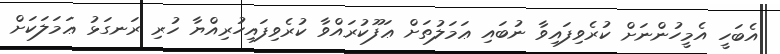
އެބަހީ އެމީހުންނަށް ކުރެވިފައިވާ ނުބައި ޢަމަލުތަށް ޢަފޫކުރައްވާ ކުރެވިފައިހުރިއްޔާ ހުރި ރަނގަޅު ޢަމަލަކަށް